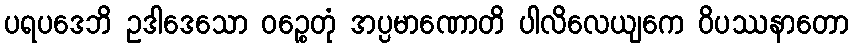
ပရပဒေဘိ ဥဒါဒေသော ဝဉ္စေတုံ အပ္ပမာဏောတိ ပါလိလေယျကေ ဝိပဿနာတော